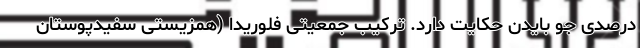
درصدی جو بایدن حکایت دارد. ترکیب جمعیتی فلوریدا (همزیستی سفیدپوستان